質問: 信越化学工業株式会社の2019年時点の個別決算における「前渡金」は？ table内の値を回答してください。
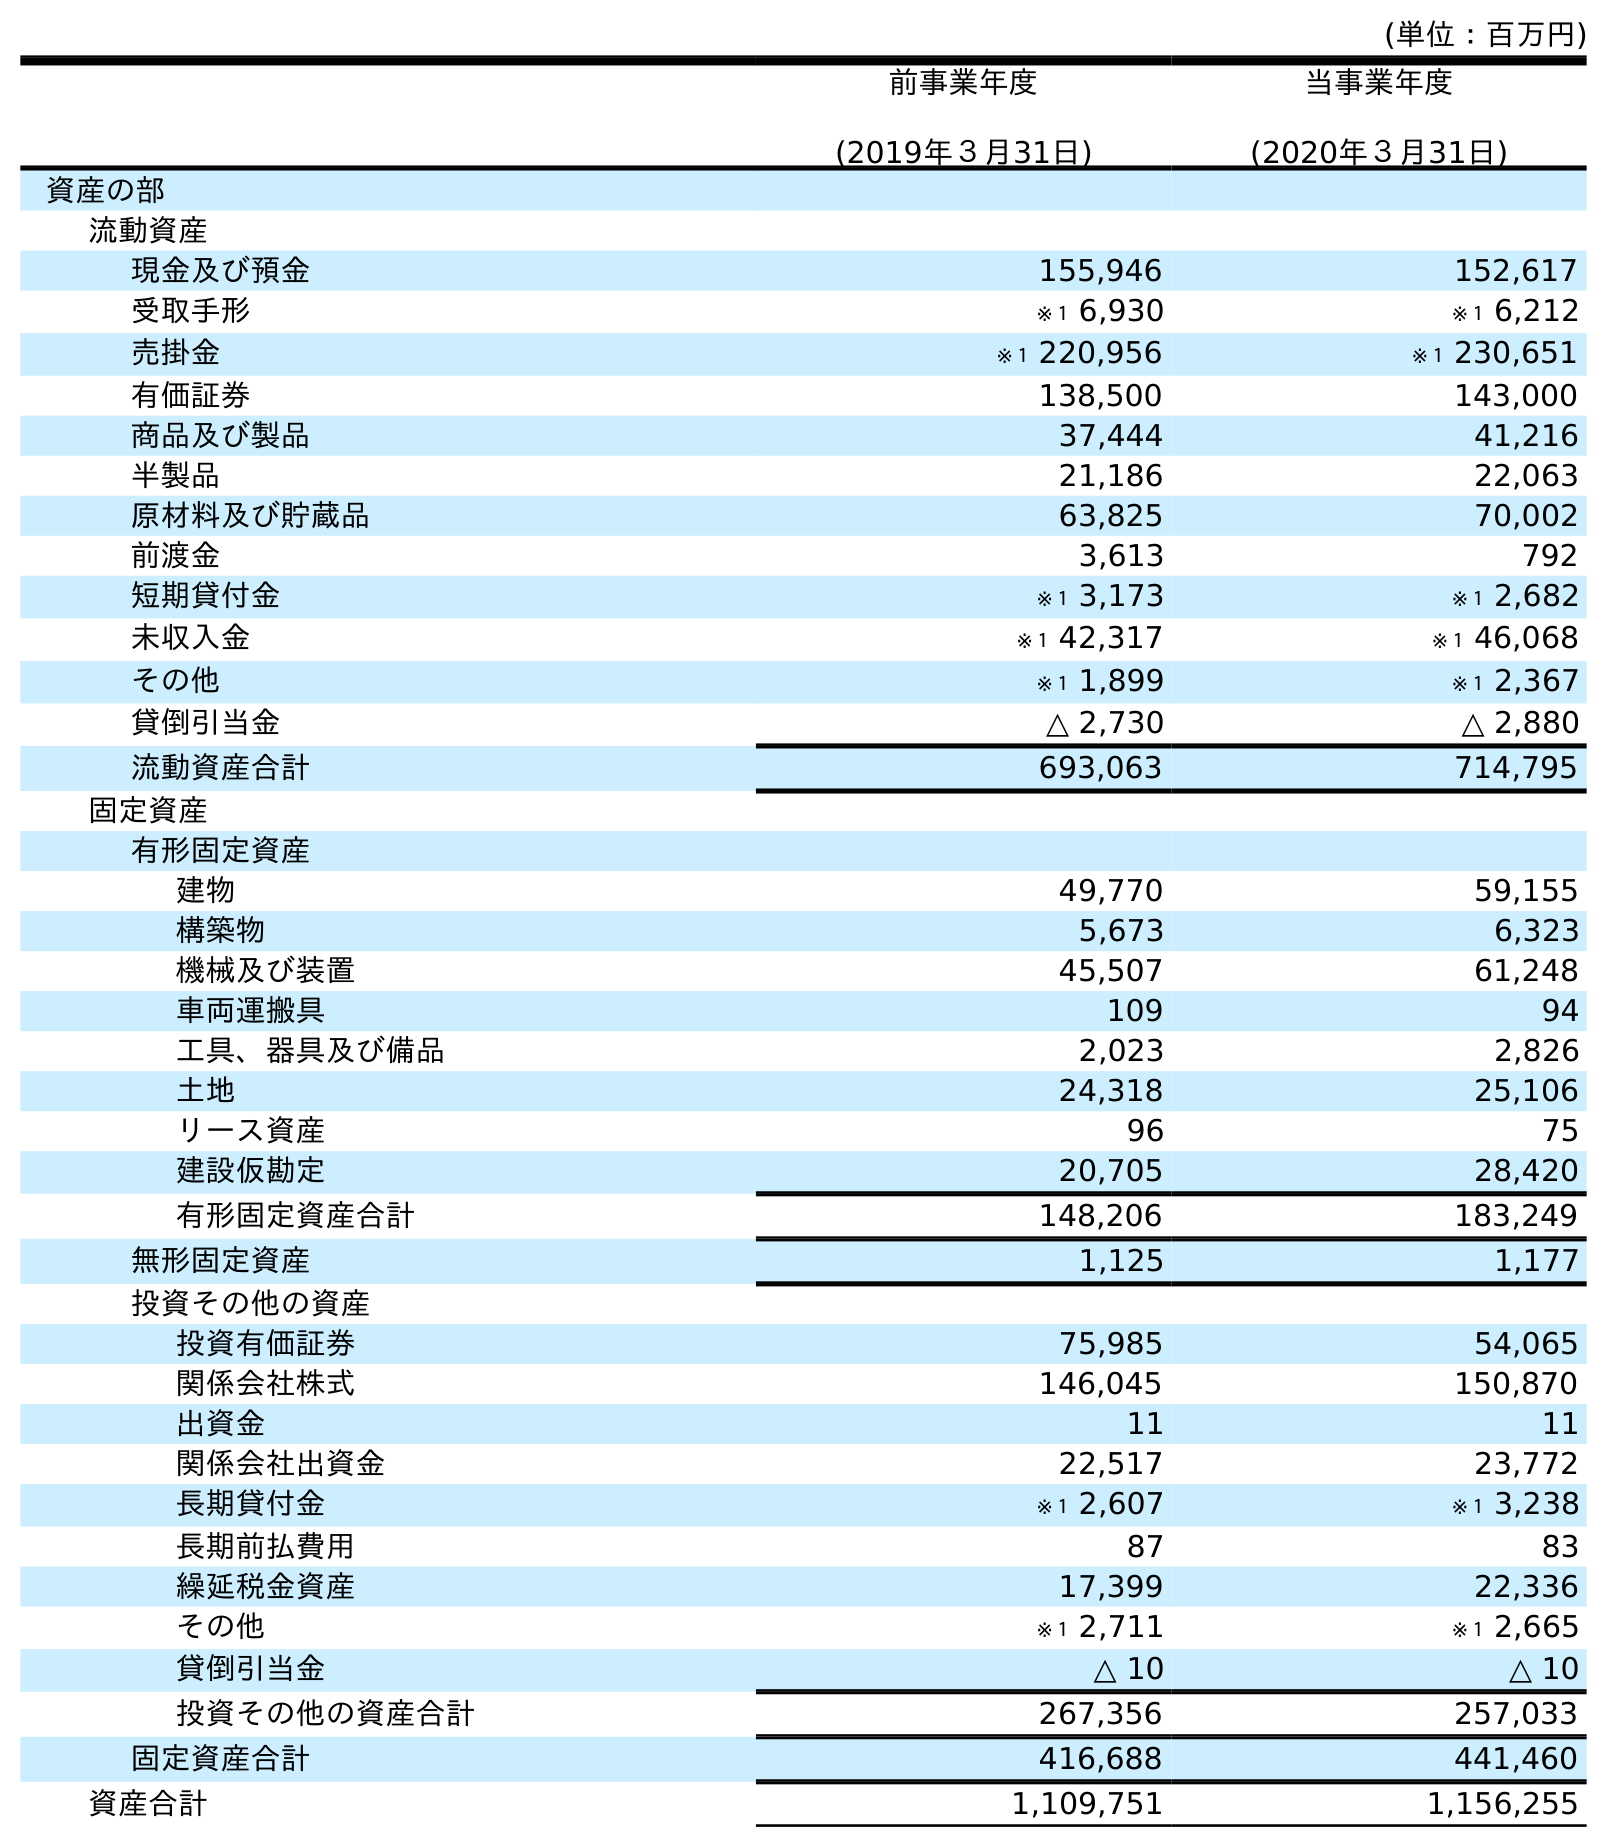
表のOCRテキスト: (単位：百万円) 前事業年度 (2019年３月31日) 当事業年度 (2020年３月31日) 資産の部 流動資産 現金及び預金 155,946 152,617 受取手形 ※１ 6,930 ※１ 6,212 売掛金 ※１ 220,956 ※１ 230,651 有価証券 138,500 143,000 商品及び製品 37,444 41,216 半製品 21,186 22,063 原材料及び貯蔵品 63,825 70,002 前渡金 3,613 792 短期貸付金 ※１ 3,173 ※１ 2,682 未収入金 ※１ 42,317 ※１ 46,068 その他 ※１ 1,899 ※１ 2,367 貸倒引当金 △ 2,730 △ 2,880 流動資産合計 693,063 714,795 固定資産 有形固定資産 建物 49,770 59,155 構築物 5,673 6,323 機械及び装置 45,507 61,248 車両運搬具 109 94 工具、器具及び備品 2,023 2,826 土地 24,318 25,106 リース資産 96 75 建設仮勘定 20,705 28,420 有形固定資産合計 148,206 183,249 無形固定資産 1,125 1,177 投資その他の資産 投資有価証券 75,985 54,065 関係会社株式 146,045 150,870 出資金 11 11 関係会社出資金 22,517 23,772 長期貸付金 ※１ 2,607 ※１ 3,238 長期前払費用 87 83 繰延税金資産 17,399 22,336 その他 ※１ 2,711 ※１ 2,665 貸倒引当金 △ 10 △ 10 投資その他の資産合計 267,356 257,033 固定資産合計 416,688 441,460 資産合計 1,109,751 1,156,255
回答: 3,613